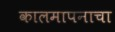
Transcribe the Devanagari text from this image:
कालमापनाचा